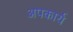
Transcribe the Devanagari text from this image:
अपकार्य